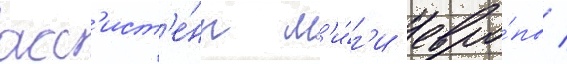
асс'ист'е́нт л'и́г'и евро́пы /